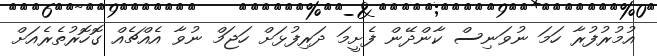
އުމުރުފުރާ ހަމަ ނުވަނިސް ކާންދޭން ފެށީމަ ދަރިފުޅަށް ހަޖަމް ނުވާ އެއްޗެއް ގޮހޮރުތެރެއަށް